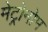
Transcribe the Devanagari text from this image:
मेट्रोनोम